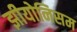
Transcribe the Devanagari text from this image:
झीयोनिसम